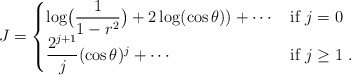
\begin{align*} J&= \begin{cases} \log\bigl(\dfrac{1}{1-r^2}\bigr)+2\log(\cos\theta))+\cdots &\textrm{if $j=0$} \\ \dfrac{2^{j+1}}{j} (\cos\theta)^j+\cdots &\textrm{if $j\geq 1$}\ . \end{cases} \end{align*}